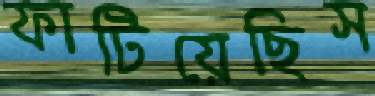
ফাটিয়েছিস